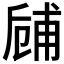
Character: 𠃃